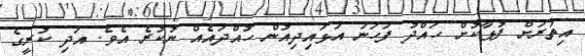
އިތުރަށް ފުޅާކޮށް ހައްދު ފަހަނަ އަޅައިދިއުން ހުއްދައެއް ނުކުރެ އެވެ. އަދި ކުރީގެ